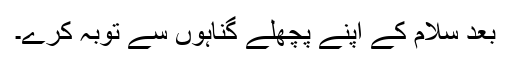
بعد سلام کے اپنے پچھلے گناہوں سے توبہ کرے۔